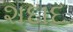
શદાદ